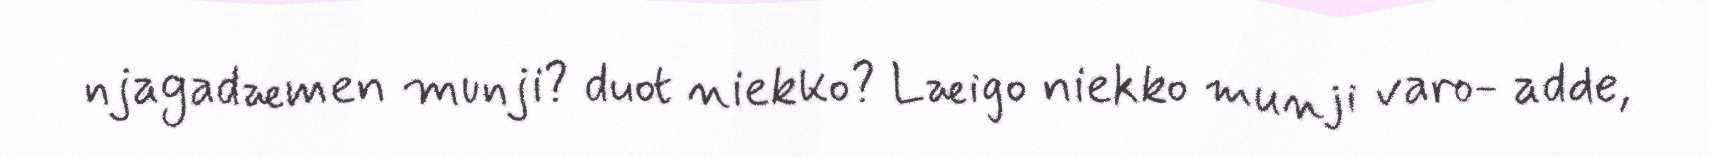
njagadæmen munji? duot niekko? Læigo niekko munji varo- adde,